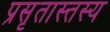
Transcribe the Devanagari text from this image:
प्रसृतास्तस्य